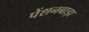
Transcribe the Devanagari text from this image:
पेंशनबाड़ा